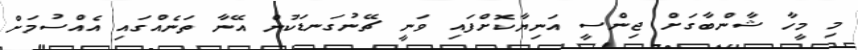
މި މީހާ ޝާންބާގަށް ޖިންސީ އަނިޔާކޮށްފައި ވަނީ ޗޭނުގަނޑަކުން އޭނާ ތަނެއްގައި އެއްސުމަށް